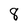
Character: 8